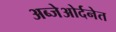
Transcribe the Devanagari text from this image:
अब्जेओर्दनेत